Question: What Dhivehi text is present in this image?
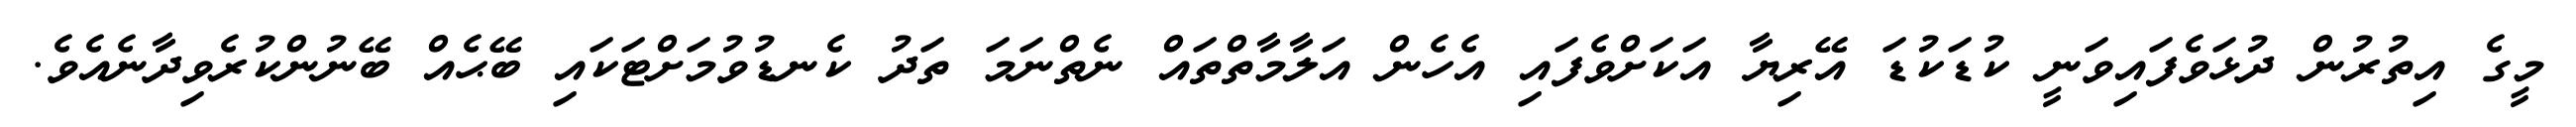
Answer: މީގެ އިތުރުން ދުޅަވެފައިވަނީ ކުޑަކުޑަ އޭރިޔާ އަކަށްވެފައި އެހެން އަލާމާތްތައް ނެތްނަމަ ތަދު ކެނޑުވުމަށްޓަކައި ބޭޙެއް ބޭނުންކުރެވިދާނެއެވެ.